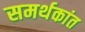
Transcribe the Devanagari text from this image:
समर्थकांत